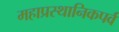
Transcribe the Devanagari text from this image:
महाप्रस्थानिकपर्व